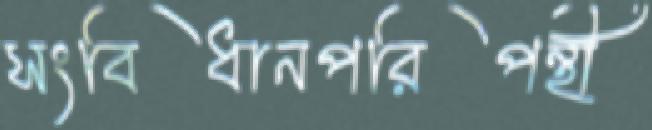
সংবিধানপরিপন্থী